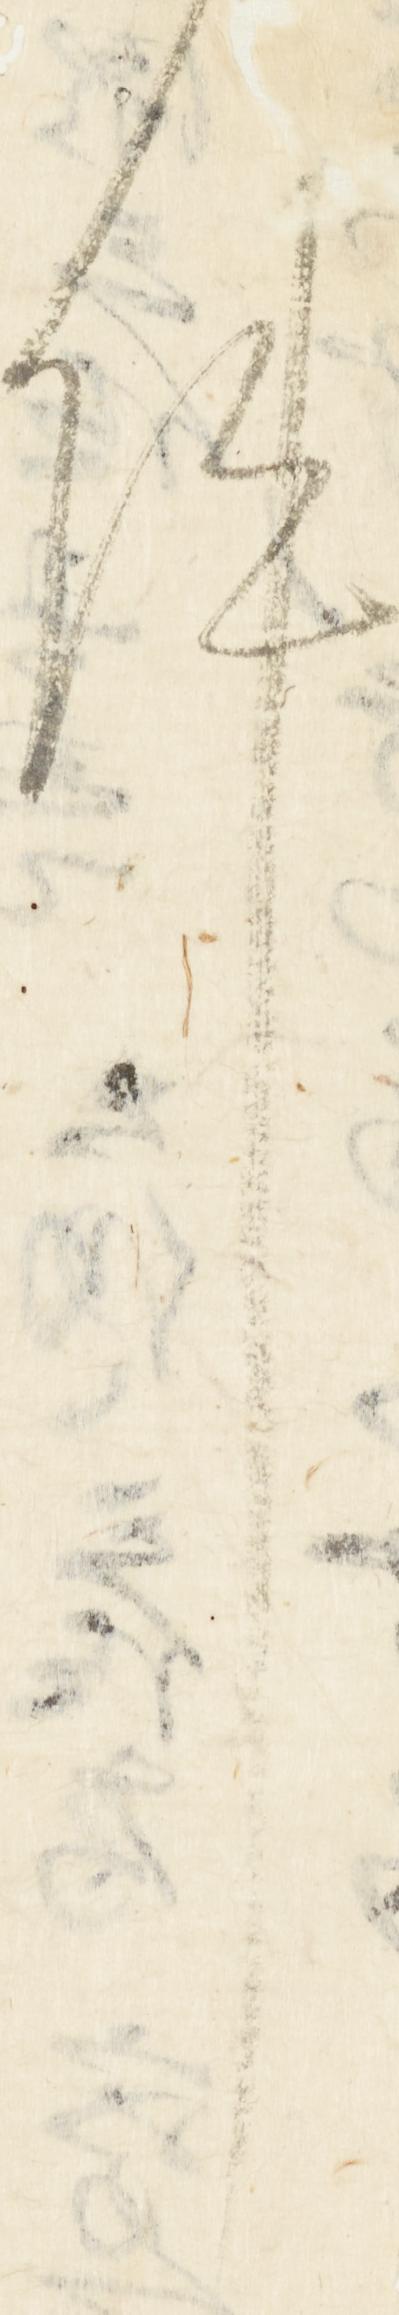
件